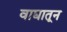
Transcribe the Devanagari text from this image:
वाद्यातून